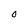
Character: 0